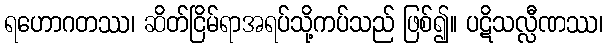
ရဟောဂတဿ၊ ဆိတ်ငြိမ်ရာအရပ်သို့ကပ်သည် ဖြစ်၍။ ပဋိသလ္လီဏဿ၊